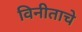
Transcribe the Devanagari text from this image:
विनीताचे